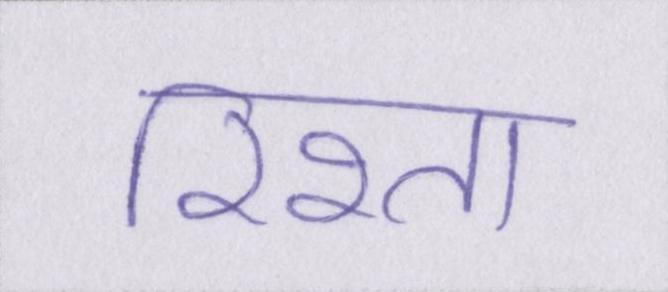
रिश्ता